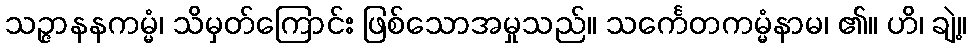
သဉ္ဇာနနကမ္မံ၊ သိမှတ်ကြောင်း ဖြစ်သောအမှုသည်။ သင်္ကေတကမ္မံနာမ၊ ၏။ ဟိ၊ ချဲ့။